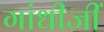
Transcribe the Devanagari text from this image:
गांधीजीं